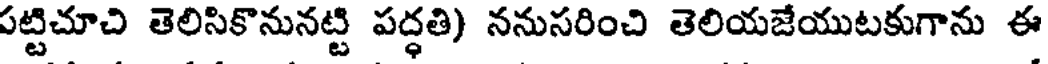
పట్టిచూచి తెలిసికొనునట్టి పద్ధతి) ననుసరించి తెలియజేయుటకుగాను ఈ